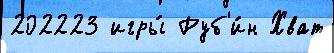
202223 игры́ Руб'и́н Хват